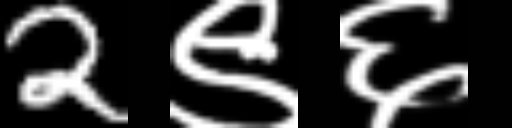
Text: 2९६